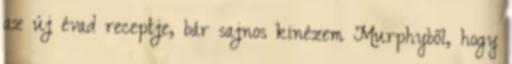
az új évad receptje, bár sajnos kinézem Murphyből, hogy